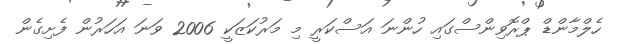
ހެލްމާންޑް ޕްރޮވިންސްގައި ހުންނަ އަސްކަރީ މި މަރުކަޒަކީ 2006 ވަނަ އަހަރުން ފެށިގެން